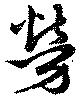
勞